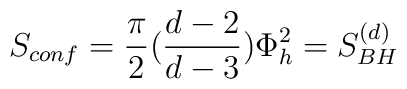
S_{conf}={\pi\over 2}({d-2\over d-3})\Phi^2_h=S_{BH}^{(d)}